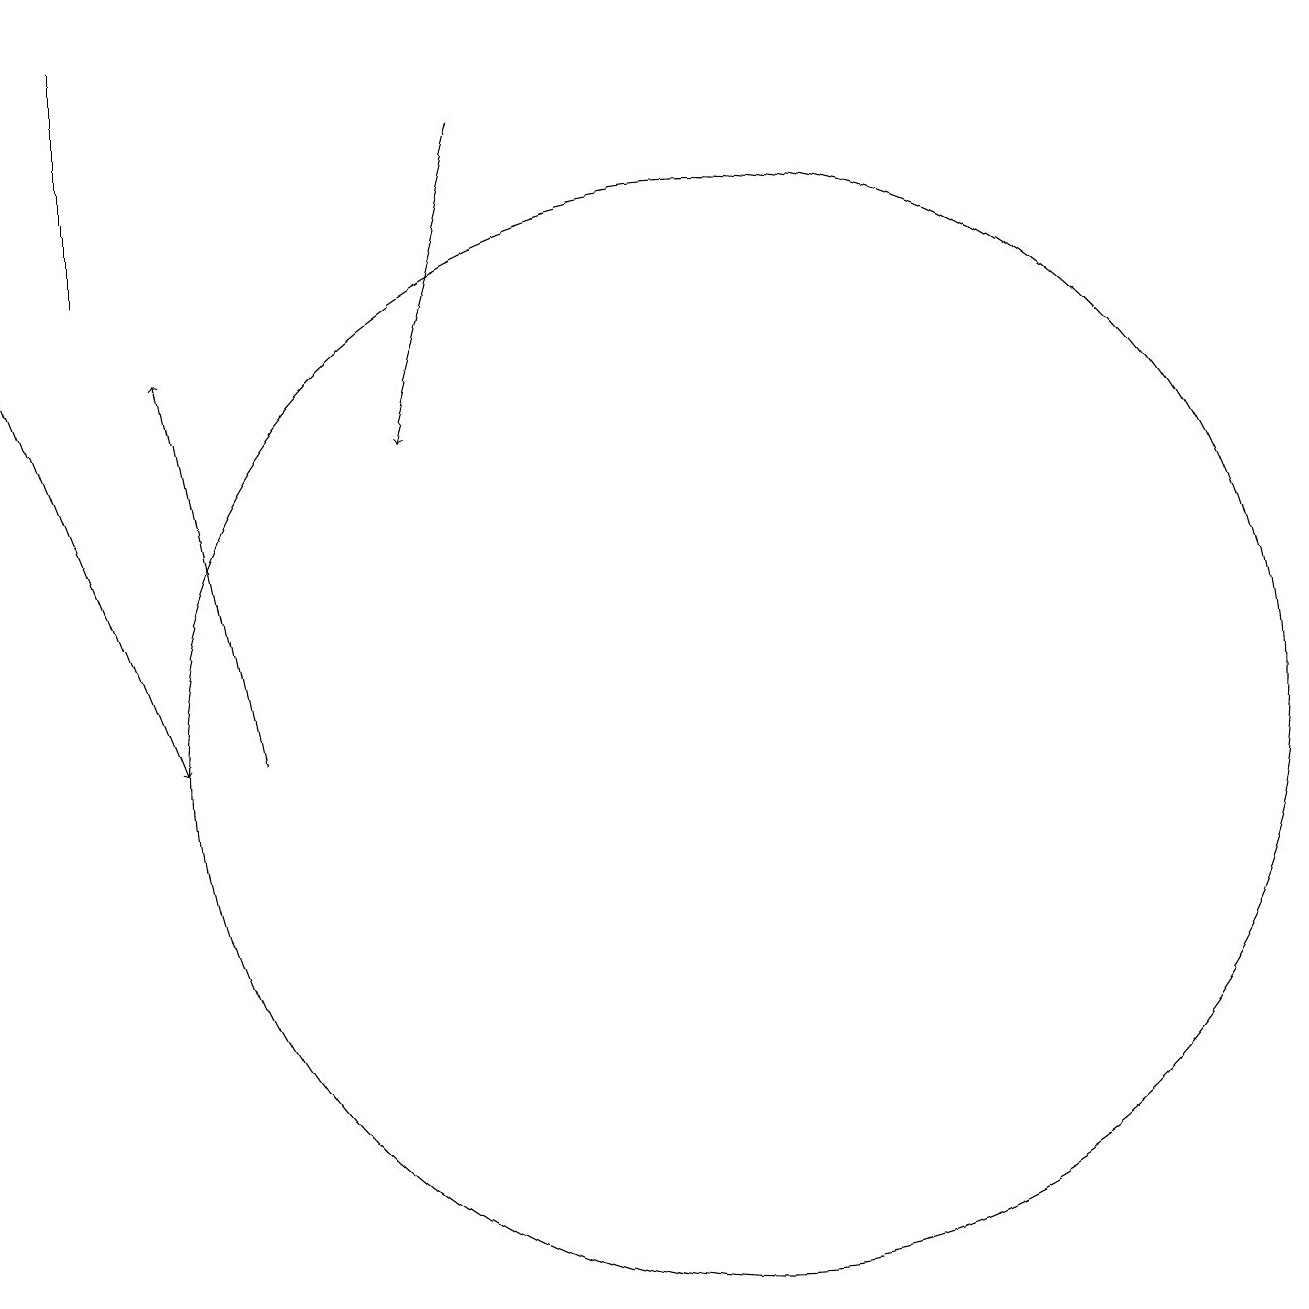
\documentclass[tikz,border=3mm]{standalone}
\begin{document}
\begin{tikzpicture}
\draw[->] (4,10) -- (3,15);
\draw[->] (7,18) -- (6,14);
\draw (2,19) rectangle (2,16);
\draw[->] (1,15) -- (3,10);
\draw (10,10) circle (7);
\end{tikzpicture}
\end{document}